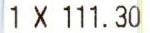
1 X 111.30